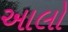
આલો